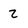
Character: Z